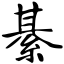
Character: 綦